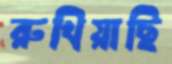
রুখিয়াছি